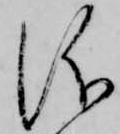
儀